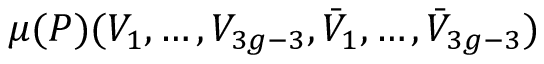
\mu ( P ) ( V _ { 1 } , \ldots , V _ { 3 g - 3 } , \bar { V } _ { 1 } , \ldots , \bar { V } _ { 3 g - 3 } )